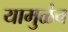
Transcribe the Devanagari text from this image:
यामुळंच